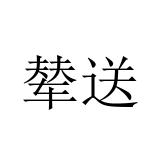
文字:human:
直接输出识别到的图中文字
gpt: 辇送